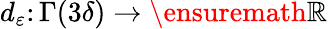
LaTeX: d_{\varepsilon}\colon\Gamma(3\delta)\to\ensuremath{\mathbb{R}}